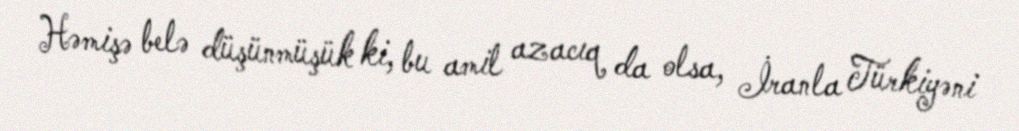
Həmişə belə düşünmüşük ki, bu amil azacıq da olsa, İranla Türkiyəni